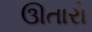
ઊતારો